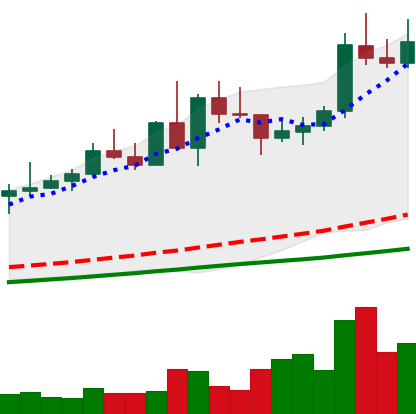
Ticker: NEO-USD
Chart end date: 2020-09-01
Forward return: -19.824%
Label: down_7plus